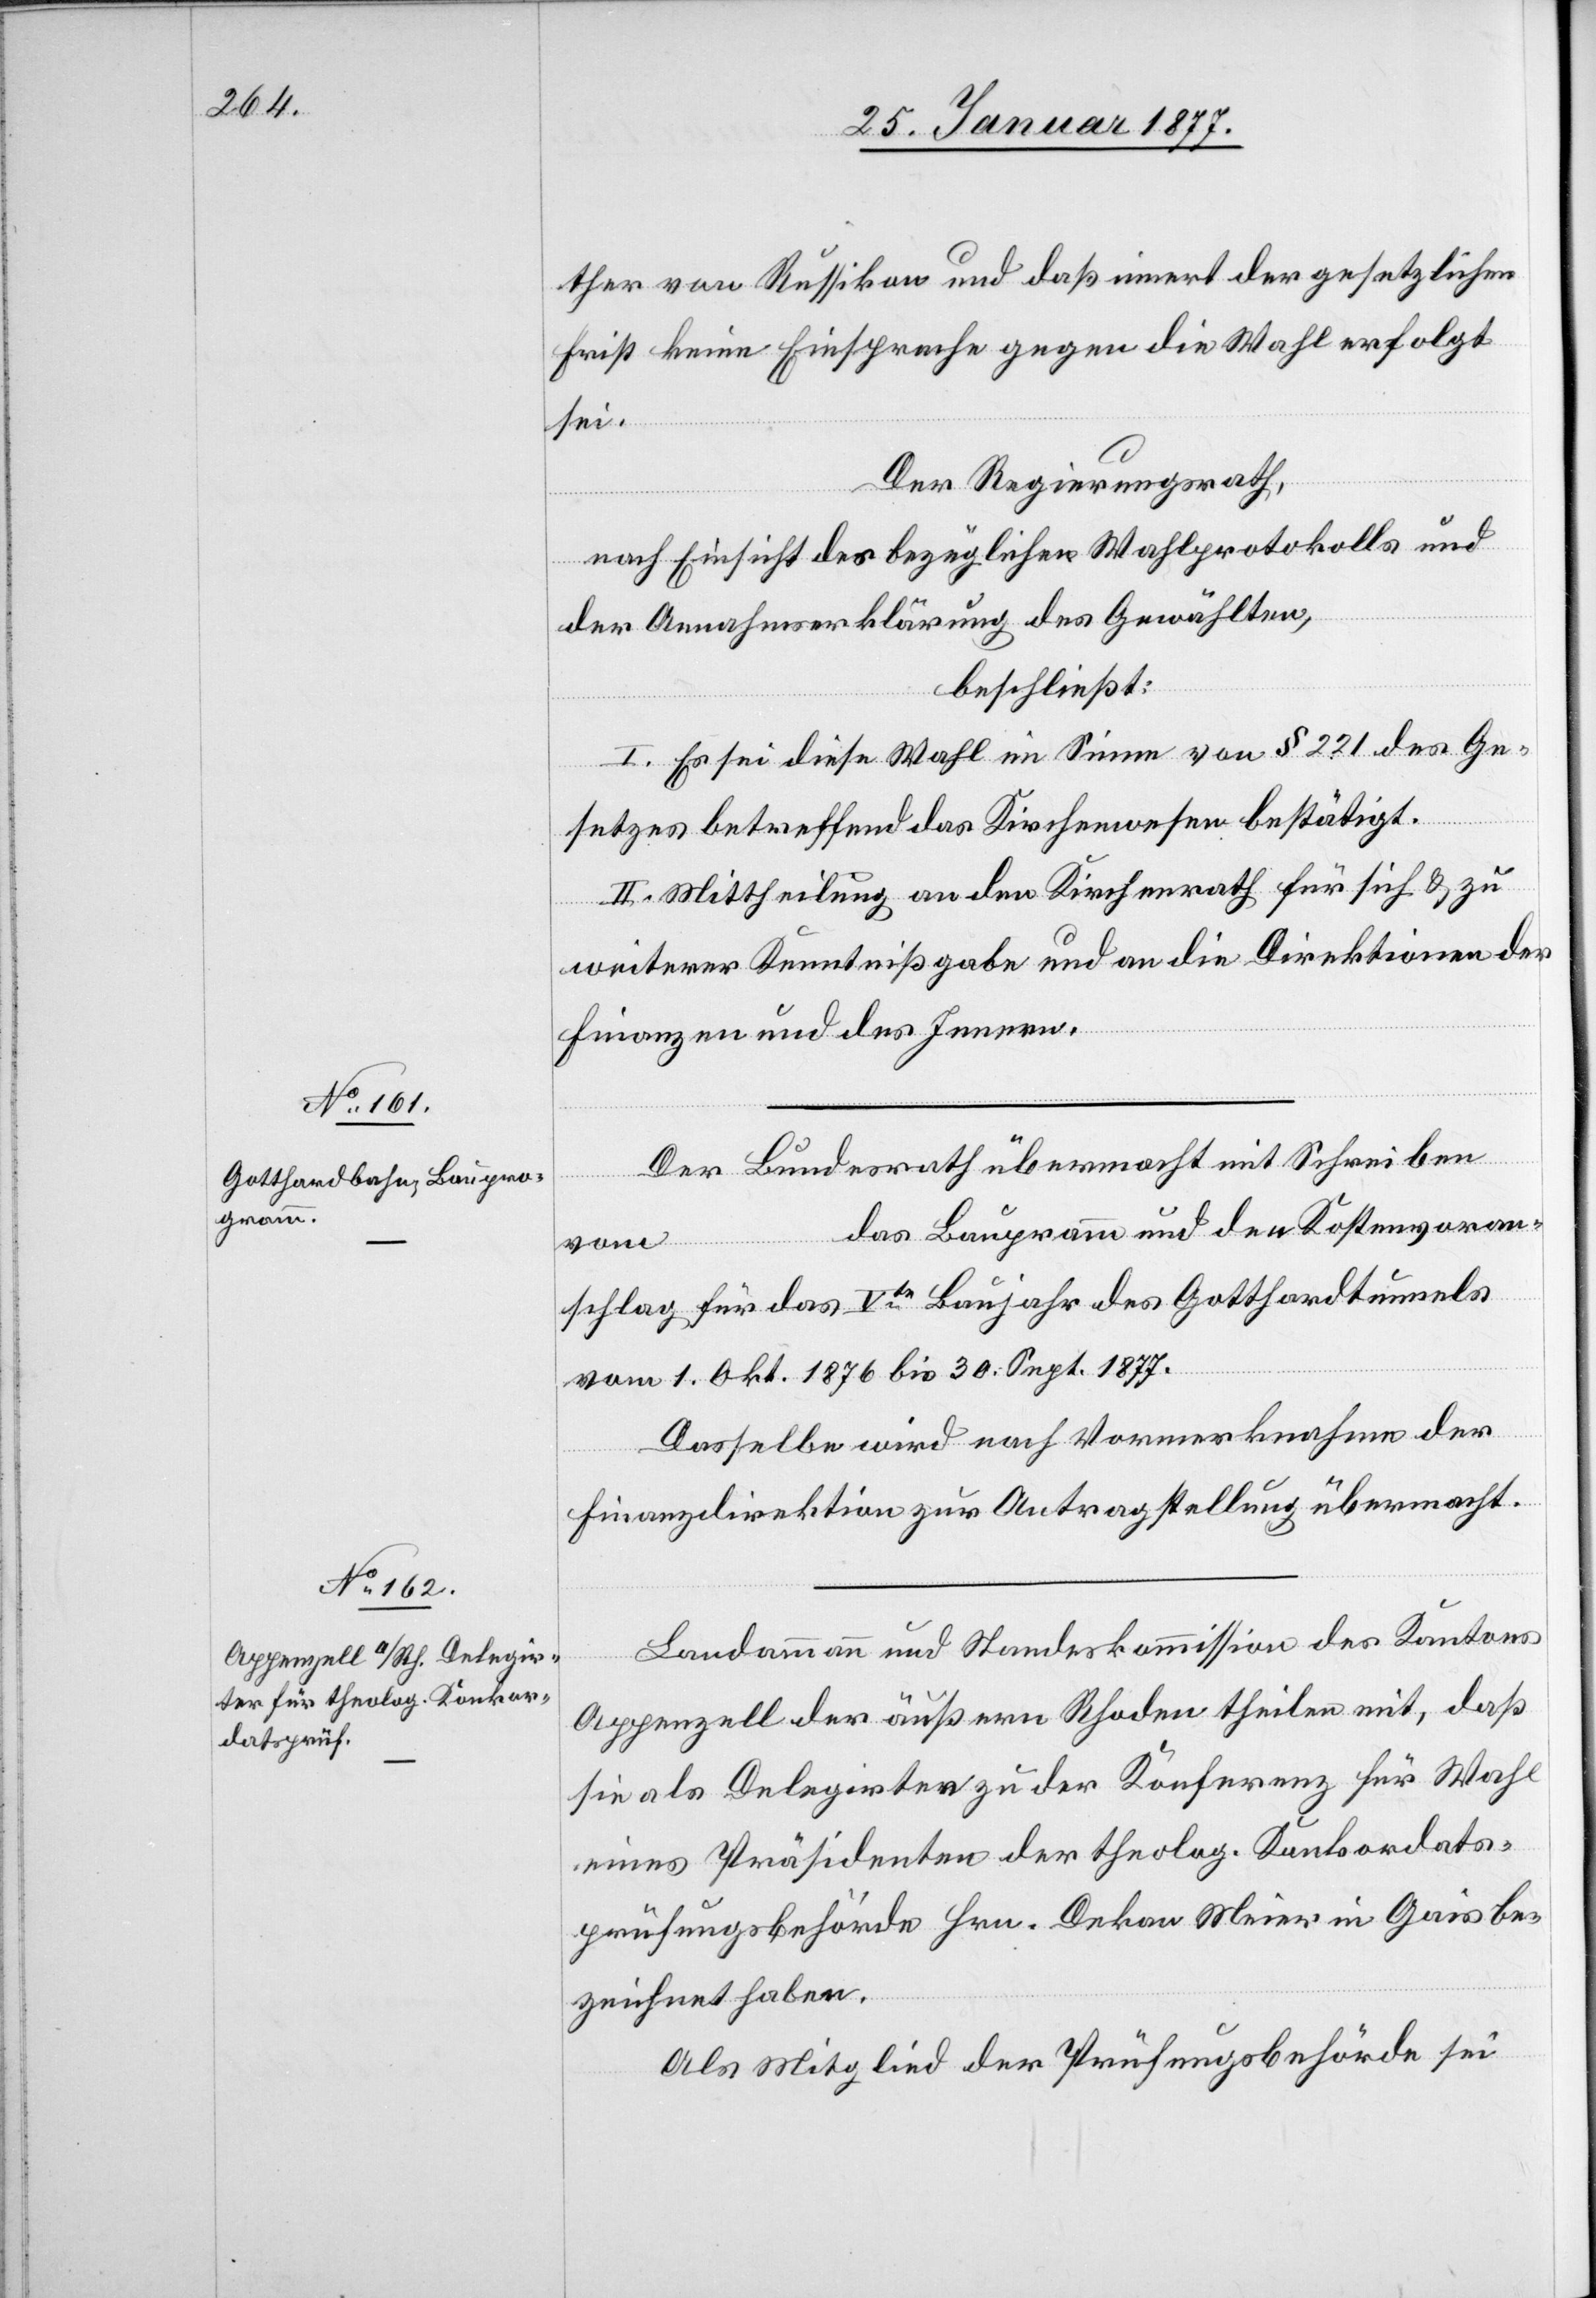
ther von Russikon und daß innert der gesetzlichen
Frist keine Einsprache gegen die Wahl erfolgt
sei.
Der Regierungsrath,
nach Einsicht des bezüglichen Wahlprotokolls und
der Annahmserklärung des Gewählten,
beschließt:
I. Es sei diese Wahl im Sinne von § 221 des Ge¬
setzes betreffend das Kirchenwesen bestätigt.
II. Mittheilung an den Kirchenrath für sich & zu
weiterer Kenntnißgabe und an die Direktionen der
Finanzen und des Innern.
...
Der Bundesrath übermacht mit Schreiben
das Baup[rog]ramm und den Kostenvoran¬
schlag für das Vte Baujahr des Gotthardtunnels
vom 1. Okt. 1876 bis 30. Sept. 1877.
Dasselbe wird nach Vormerknahme der
Finanzdirektion zur Antragstellung übermacht.
Landammann und Standeskommission des Kantons
Appenzell der äußern Rhoden theilen mit, daß
sie als Delegirten zu der Konferenz für Wahl
eines Präsidenten der theolog. Konkordats¬
prüfungsbehörde Hrn. Dekan Meier in Gais be¬
zeichnet haben.
Als Mitglied der Prüfungsbehörde sei

vom